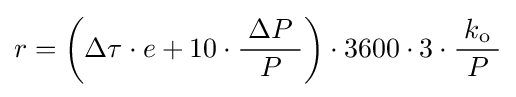
r=\left(\Delta \tau \cdot e+10\cdot {\frac {\;\Delta P\;}{P}}\right)\cdot 3600\cdot 3\cdot {\frac {\;k_{\text{o}}\;}{P}}